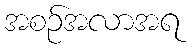
အစဉ်အလာအရ